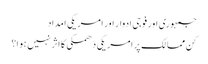
جمہوری اور فوجی ادوار اور امریکی امداد
کن ممالک پر امریکی دھمکی کا اثر نہیں ہوا؟